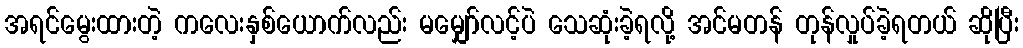
အရင်မွေးထားတဲ့ ကလေးနှစ်ယောက်လည်း မမျှော်လင့်ပဲ သေဆုံးခဲ့ရလို့ အင်မတန် တုန်လှုပ်ခဲ့ရတယ် ဆိုပြီး